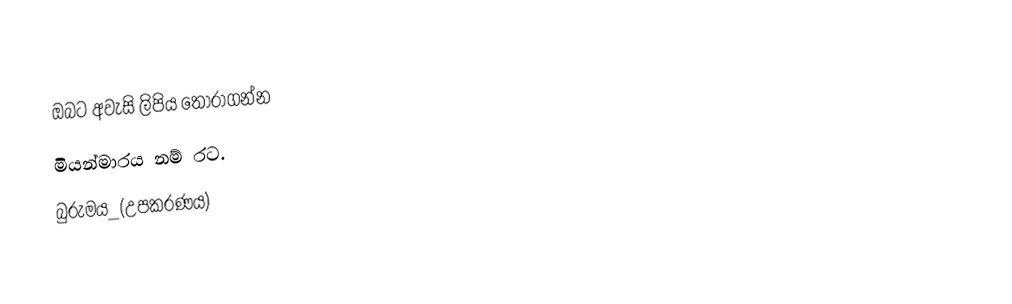
ඔබට අවැසි ලිපිය තෝරාගන්න
 මියන්මාරය නම් රට.
 බුරුමය_(උපකරණය)